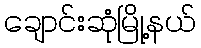
ချောင်းဆုံမြို့နယ်